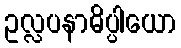
ဥလ္လပနာဓိပ္ပါယော